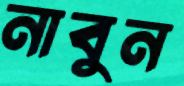
নাবুন